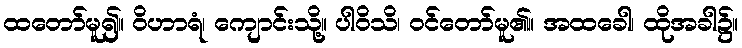
ထတော်မူ၍။ ဝိဟာရံ၊ ကျောင်းသို့။ ပါဝိသိ၊ ဝင်တော်မူ၏။ အထခေါ၊ ထိုအခါ၌။